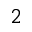
_ 2